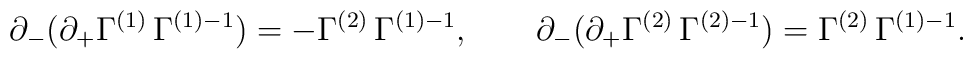
\partial_- (\partial_+ \Gamma^{(1)} \, \Gamma^{(1)-1}) = -\Gamma^{(2)} \, \Gamma^{(1)-1}, \qquad \partial_-(\partial_+\Gamma^{(2)} \, \Gamma^{(2)-1}) = \Gamma^{(2)} \,\Gamma^{(1)-1}.